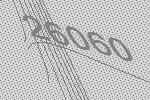
26060